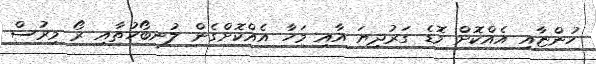
ހުންޏާއި އެއްކޮށް މޮޑެ ގަރުދިޔަ އާއި މަހާ އެއްކޮށްގެން ލުނބޯހުތާއި ރޯ މިރުސް